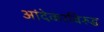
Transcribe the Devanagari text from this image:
आंदेकरविरुद्ध